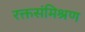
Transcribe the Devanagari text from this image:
रक्तसंमिश्रण